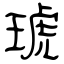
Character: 琥